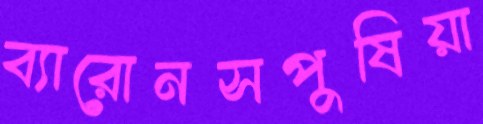
ব্যারোনসপুষিয়া